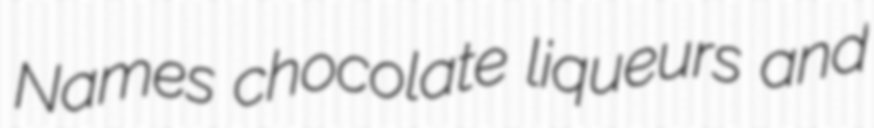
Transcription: Names chocolate liqueurs and